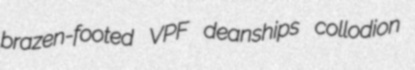
brazen-footed VPF deanships collodion